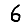
Digit: 6